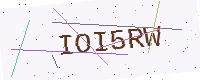
Text: IOI5RW